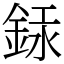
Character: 銾